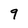
Character: 9